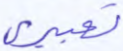
تعبيري